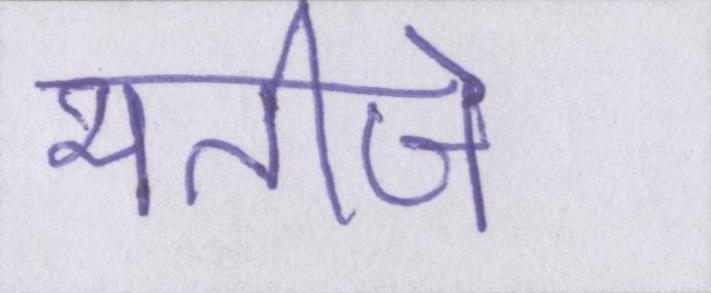
भतीजे